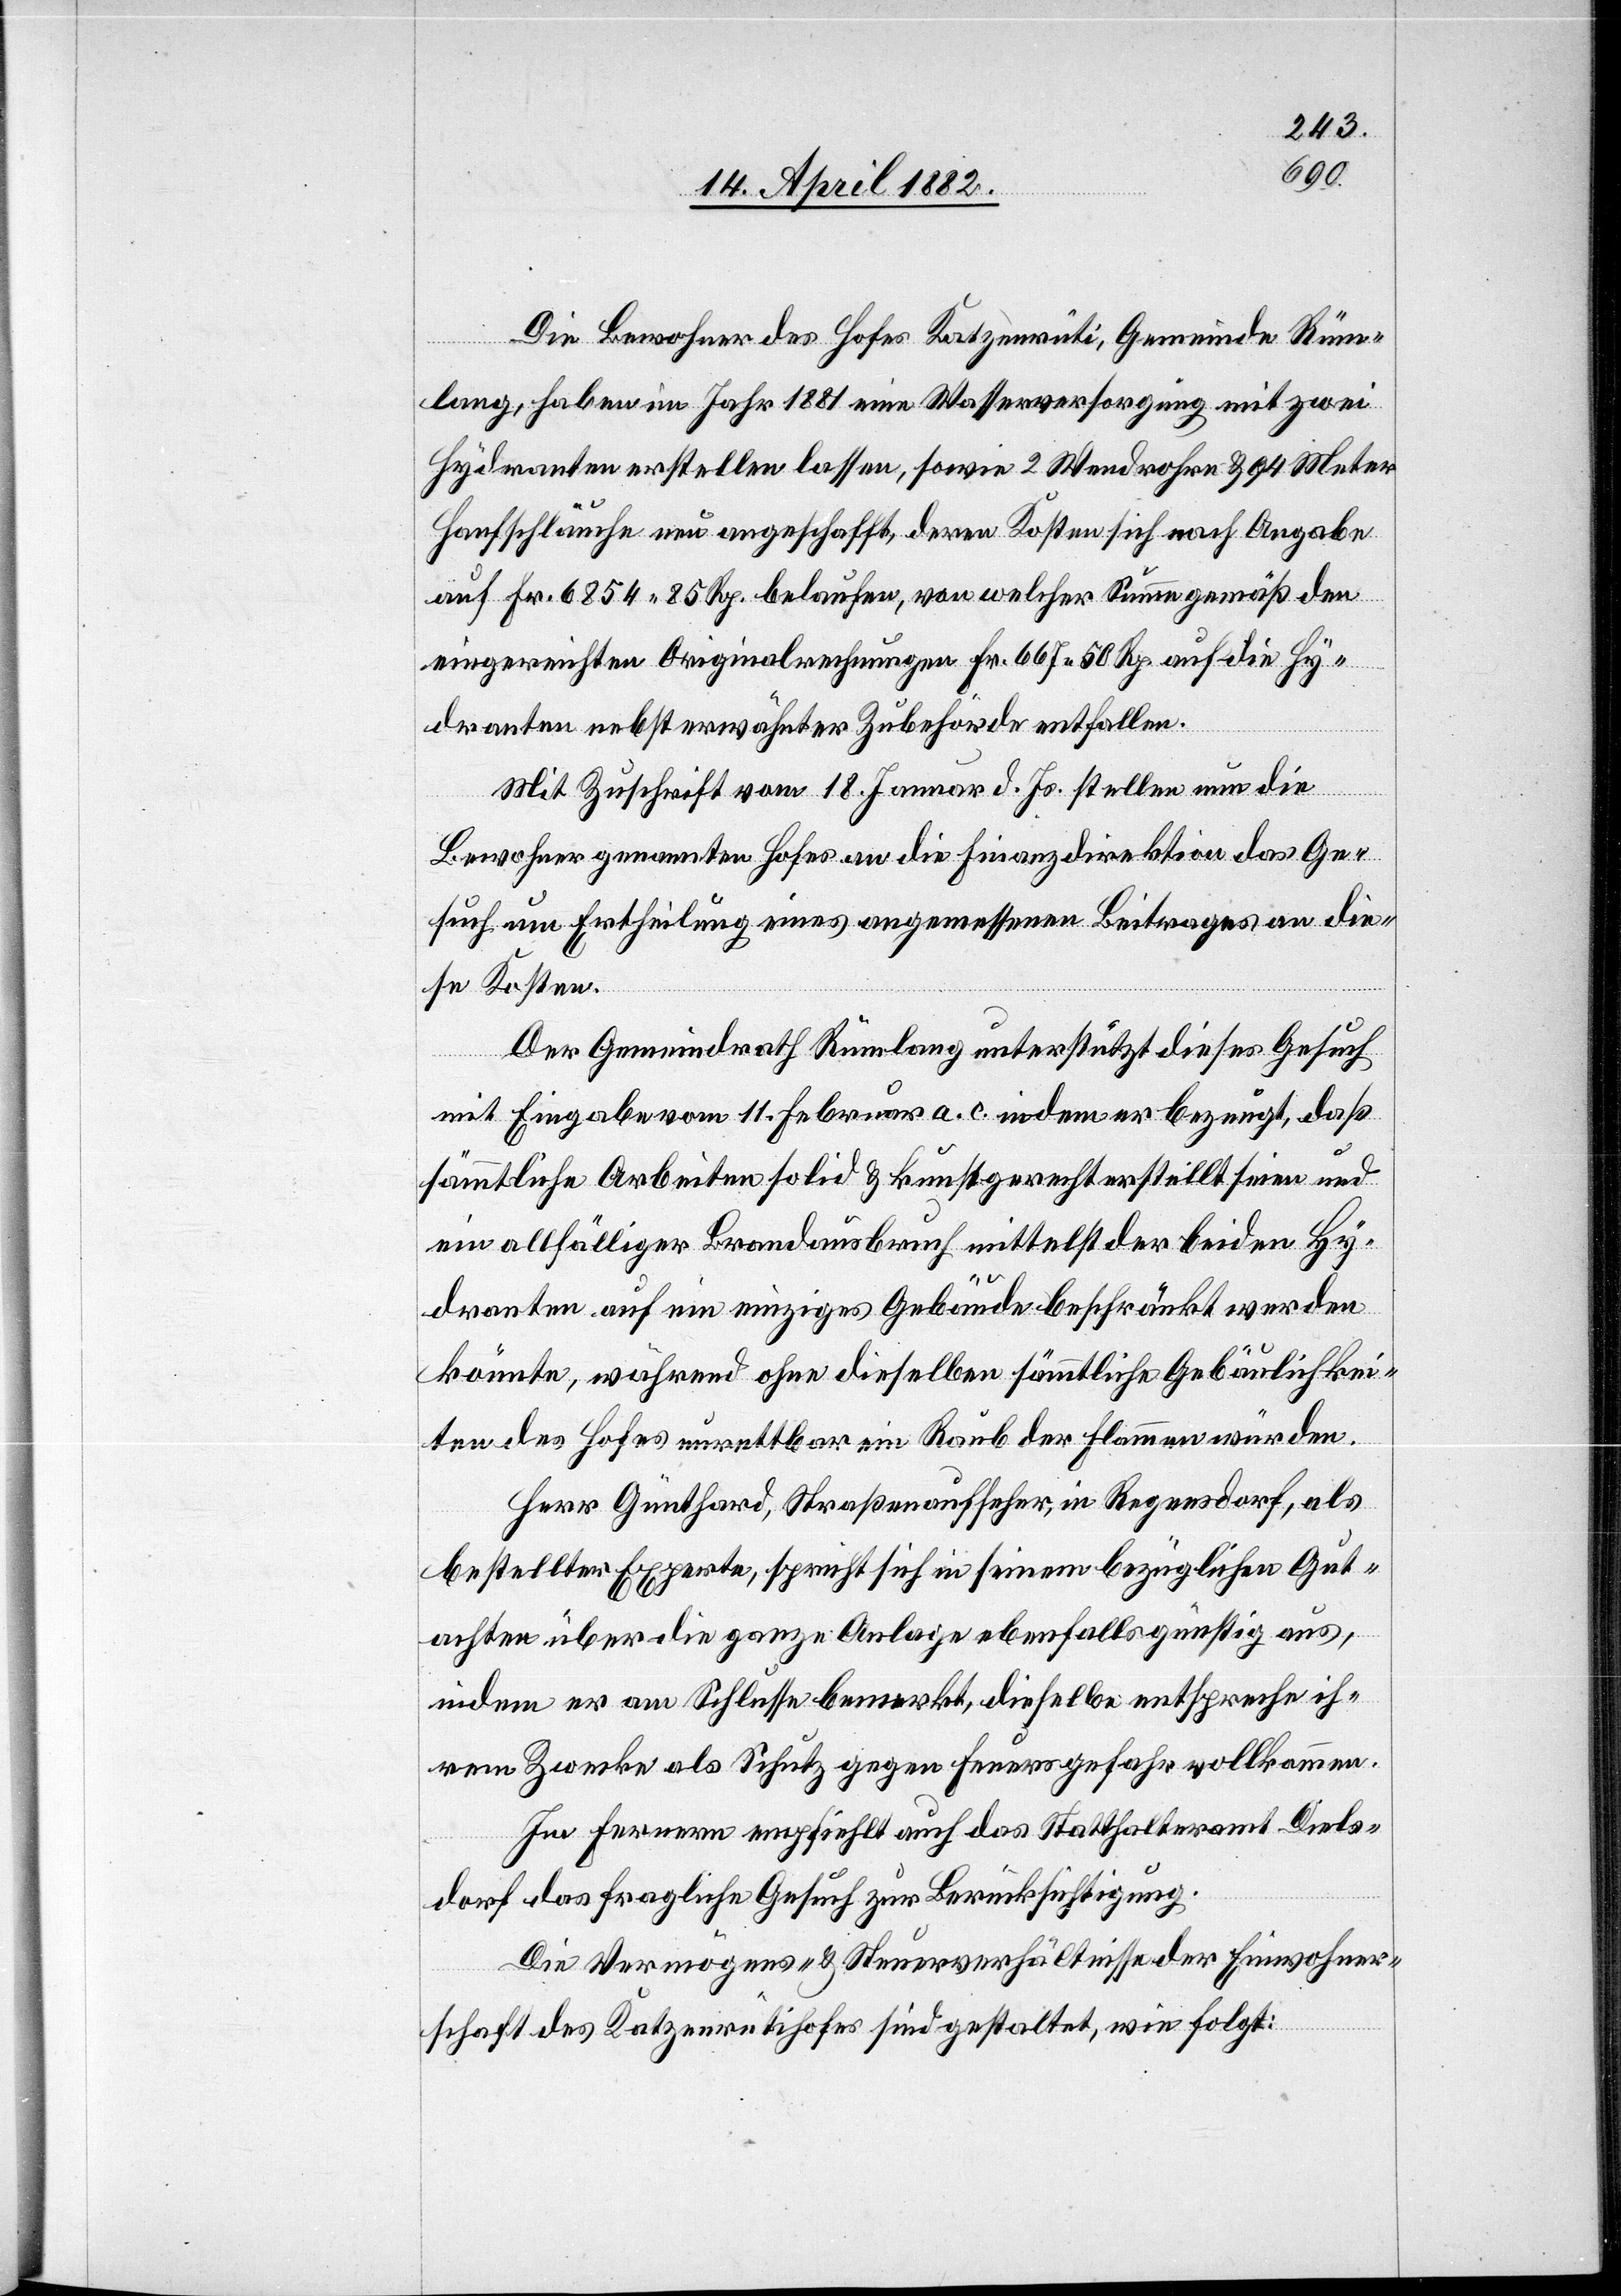
Die Bewohner des Hofes Katzenrüti, Gemeinde Rüm¬
lang, haben im Jahr 1881 eine Wasserversorgung mit zwei
Hydranten erstellen lassen, sowie 2 Wendrohre & 94 Meter
Hanfschläuche neu angeschafft, deren Kosten sich nach Angabe
auf Fr. 6854 85 Rp. belaufen, von welcher Summe gemäß den
eingereichten Originalrechnungen Fr. 667 50 Rp. auf die Hy¬
dranten nebst erwähnter Zubehörde entfallen.
Mit Zuschrift vom 18. Januar d. Js. stellen nun die
Bewohner genannten Hofes an die Finanzdirektion das Ge¬
such um Ertheilung eines angemessenen Beitrages an die¬
se Kosten.
Der Gemeindrath Rümlang unterstützt dieses Gesuch
mit Eingabe vom 11. Februar a. c. indem er bezeugt, daß
sämmtliche Arbeiten solid & kunstgerecht erstellt seien und
ein allfälliger Brandausbruch mittelst der beiden Hy¬
dranten auf ein einziges Gebäude beschränkt werden
könnte, während ohne dieselben sämmtliche Gebäulichkei¬
ten des Hofes unrettbar ein Raub der Flammen würden.
Herr Günthard, Straßenaufseher, in Regensdorf, als
bestellter Experte, spricht sich in seinem bezüglichen Gut¬
achten über die ganze Anlage ebenfalls günstig aus,
indem er am Schlusse bemerkt, dieselbe entspreche ih¬
rem Zwecke als Schutz gegen Feuersgefahr vollkommen.
Im Fernern empfiehlt auch das Statthalteramt Diels¬
dorf das fragliche Gesuch zur Berücksichtigung.
Die Vermögens- & Steuerverhältnisse der Einwohner¬
schaft des Katzenrütihofes sind gestaltet, wie folgt: